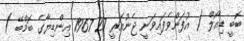
ބޮބީ ޑިއޯލް ( އުފަންވެފައިވަނީ ޖެނުއަރީ 27 1967 އިންޑިޔާގެ ބޮމްބޭ )